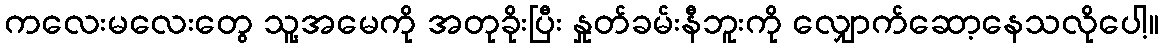
ကလေးမလေးတွေ သူ့အမေကို အတုခိုးပြီး နှုတ်ခမ်းနီဘူးကို လျှောက်ဆော့နေသလိုပေါ့။